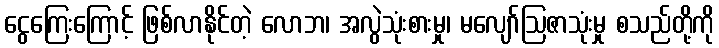
ငွေကြေးကြောင့် ဖြစ်လာနိုင်တဲ့ လောဘ၊ အလွဲသုံးစားမှု၊ မလျော်ဩဇာသုံးမှု စသည်တို့ကို